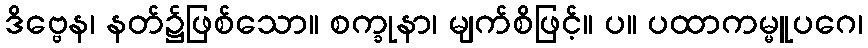
ဒိဗ္ဗေန၊ နတ်၌ဖြစ်သော။ စက္ခုနာ၊ မျက်စိဖြင့်။ ပ။ ပထာကမ္မူပဂေ၊